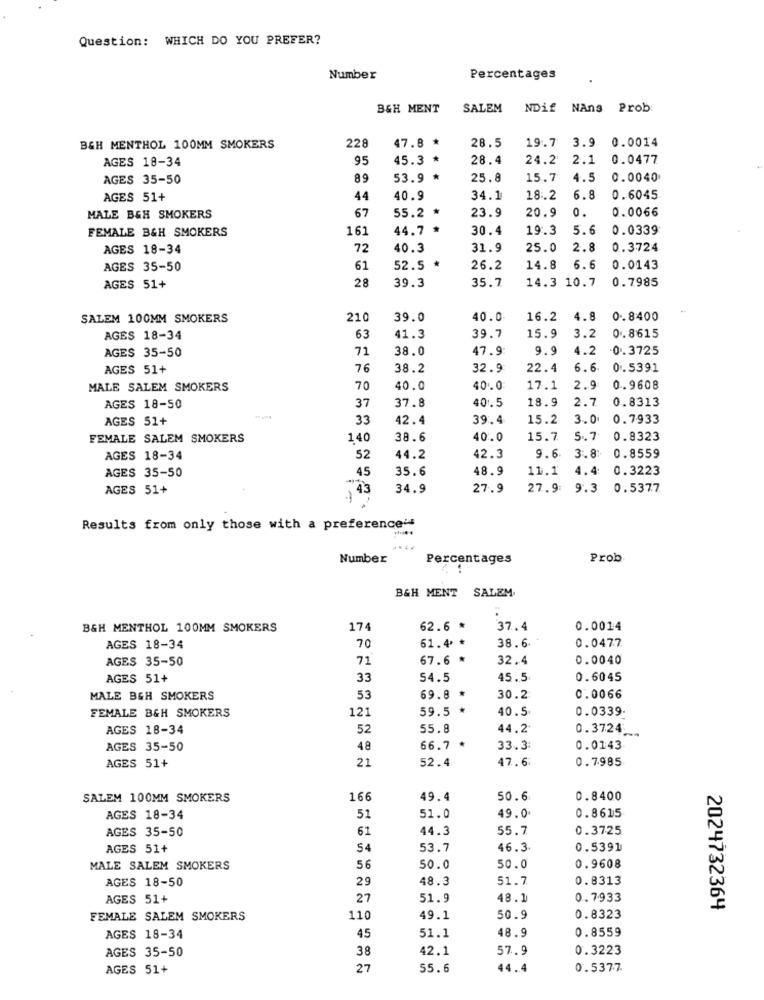
Question: WHICH DO YOU PREFER?
Number
Percentages
B&H MENT
SALEM
NDif NAns Prob
19.7 3.9 0.0014
B&H MENTHOL 100MM SMOKERS
228
47.8 *
28.5
95
45.3 *
28.4
24.2
2.1 0.0477
AGES 18-34
AGES 35-50
89
53.9 *
25.8
15.7
4.5
0.0040
AGES 51+
44
40.9
34.1
18.2
6.8
0.6045
67
23.9
20.9
0.
0.0066
MALE B&H SMOKERS
55.2 *
FEMALE B&H SMOKERS
161
44.7 *
30.4
19.3
5.6
0.0339
AGES 18-34
72
40.3
31.9
25.0
2.8
0.3724
AGES 35-50
61
52.5 *
26.2
14.8
6.6
0.0143
28
39.3
35.7
14.3 10.7
0.7985
AGES 51+
SALEM 100MM SMOKERS
210
39.0
40.0
16.2
4.8
0.8400
63
3.
AGES 18-34
41.3
39.7
15.9
0.8615
AGES 35-50
71
38.0
47.9
9.
1.2
0.3725
AGES 51+
76
38.2
32.9
22.4
6.6.
0.5391
MALE SALEM SMOKERS
70
40.0
40.0
17.1
2.9:
0.9608
37
37.8
40. 5
18.9
2.7
0.8313
AGES 18-50
AGES 51+
33
42.4
39.4
15.2
3.0
0.7933
FEMALE SALEM SMOKERS
140
38.6
40.0
15.7
5.7
0.8323
0.8559
AGES 18-34
52
44.2
42.3
9.6
3.8:
AGES 35-50
45
35.6
48.9
11.1
4.4
0.3223
AGES 51+
34.9
27.9
27.9:
9.3
0.5377
.145
Results from only those with a preference"
Number
Percentages
Prob
B&H MENT SALEM
B&H MENTHOL 100MM SMOKERS
174
62.6 *
37.4
0.0014
61.4 *
38.6.
AGES 18-34
70
0.0477
AGES 35-50
71
67.6 *
32.4
0.0040
AGES 51+
33
54.5
45.5
0.6045
MALE B&H SMOKERS
53
69.8 *
30.2
0.0066
FEMALE B&H SMOKERS
121
59.5 *
40.5
0.0339.
AGES 18-34
52
55.8
44.2
0.3724 ..
AGES 35-50
48
66.7 *
33.3:
0.0143
21
52.4
47.6
0.7985
AGES 51+
SALEM 100MM SMOKERS
166
49.4
50.6
0.8400
51
49.0
0.8615
AGES 18-34
51.0
AGES 35-50
61
44.3
55.7
0.3725
AGES 51+
54
53.7
46.3
0.5391
MALE SALEM SMOKERS
56
50.0
50.0
0.9608
29
48.3
51.7
0.8313
AGES 18-50
AGES 51+
27
51.9
48.1
0. 7933
2024732364
FEMALE SALEM SMOKERS
110
49.1
50.9
0.8323
48.9
0.8559
AGES 18-34
45
51.1
AGES 35-50
38
42.1
57.9
0.3223
AGES 51+
27
55.6
44.4
0.5377